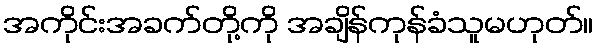
အကိုင်းအခက်တို့ကို အချိန်ကုန်ခံသူမဟုတ်။